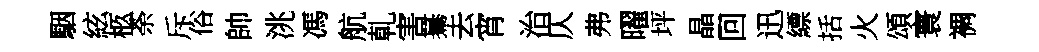
駰絃柩荼斥俗帥洮馮航乹害驀去宵治仄弗曜坪晶回迅縹括火頌寰裯